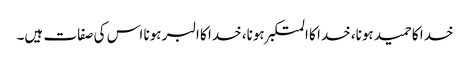
خدا کا حمید ہونا، خدا کا المتکبر ہونا، خدا کا البر ہونا اس کی صفات ہیں۔